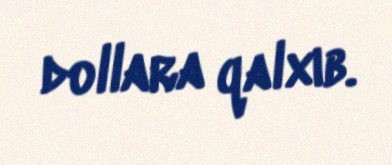
dollara qalxıb.